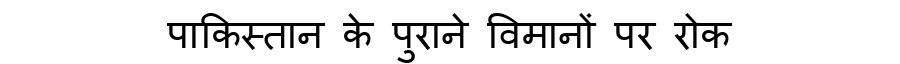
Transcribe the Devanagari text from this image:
पाकिस्तान के पुराने विमानों पर रोक